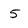
Character: 5